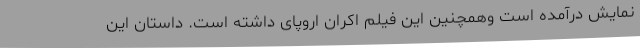
نمایش درآمده است وهمچنین این فیلم اکران اروپای داشته است. داستان این